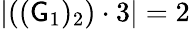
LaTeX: \left|((\mathsf{G}_{1})_{2})\cdot3\right|=2